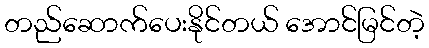
တည်ဆောက်ပေးနိုင်တယ် အောင်မြင်တဲ့